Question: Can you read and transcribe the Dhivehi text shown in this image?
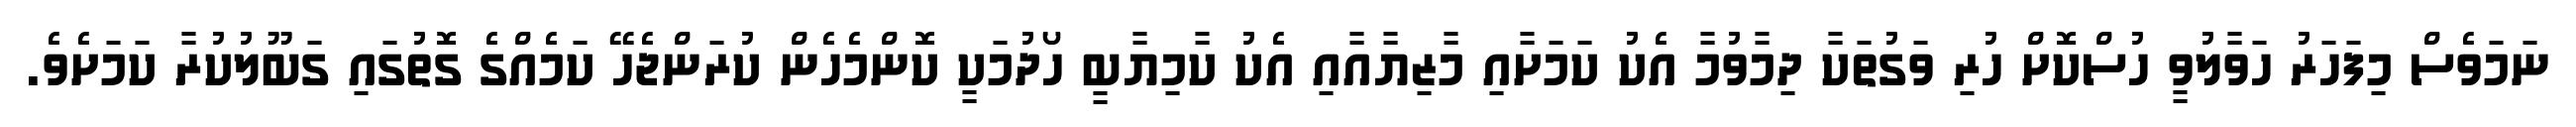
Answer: ނަމަވެސް މިފަހަރު ހަވާލުވީ ހުސްކޮށް ހުރި ވަގުތަކާ ދިމާވުމާ އެކު ކަމަށާއި މާޒިޔާއާއި އެކު ކާމިޔާބީ ހޯދުމަކީ ކޮންމެހެން ކުރަންޖެހޭ ކަމެއްގެ ގޮތުގައި ގަބޫލުކުރާ ކަމަށެވެ.